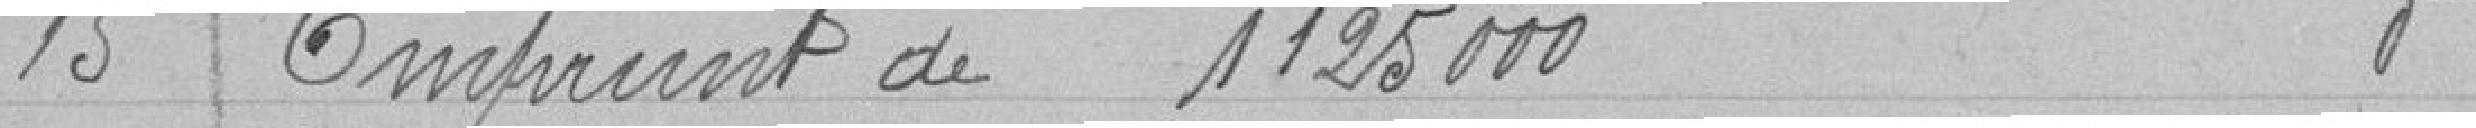
15 Emprunt de 1 125 000